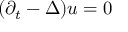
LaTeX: ( \partial _ { t } - \Delta ) u = 0